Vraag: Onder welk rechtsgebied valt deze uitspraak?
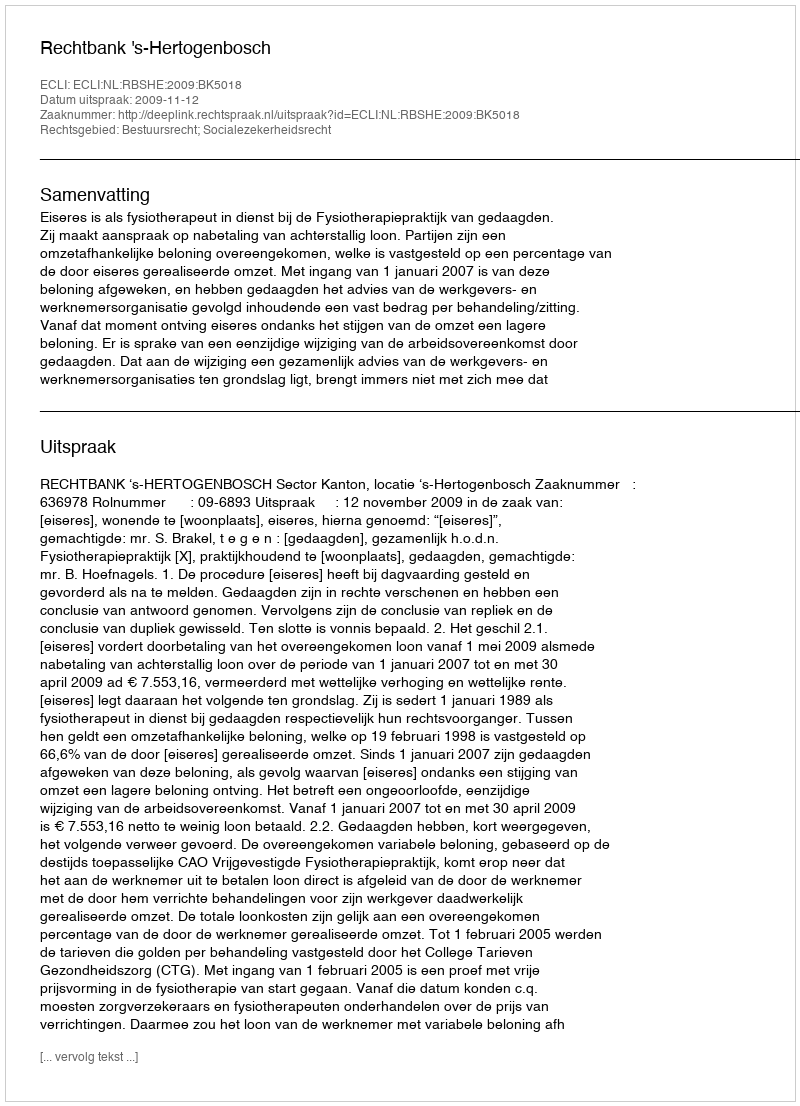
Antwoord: Bestuursrecht; Socialezekerheidsrecht